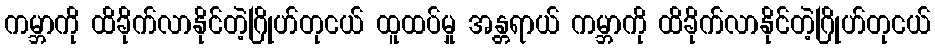
ကမ္ဘာကို ထိခိုက်လာနိုင်တဲ့ဂြိုဟ်တုငယ် ထူထပ်မှု အန္တရာယ် ကမ္ဘာကို ထိခိုက်လာနိုင်တဲ့ဂြိုဟ်တုငယ်